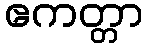
ဧကတ္တာ